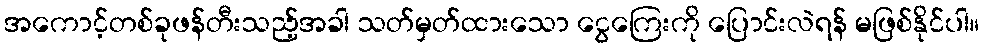
အကောင့်တစ်ခုဖန်တီးသည့်အခါ သတ်မှတ်ထားသော ငွေကြေးကို ပြောင်းလဲရန် မဖြစ်နိုင်ပါ။